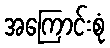
အကြောင်းစုံ